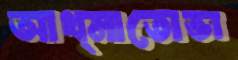
আখ্মাতোভা